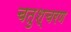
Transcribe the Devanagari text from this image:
चतुश्चरण